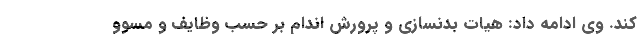
کند. وی ادامه داد: هیات بدنسازی و پرورش اندام بر حسب وظایف و مسوو